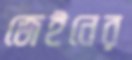
জেইনের